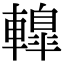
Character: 𨎦